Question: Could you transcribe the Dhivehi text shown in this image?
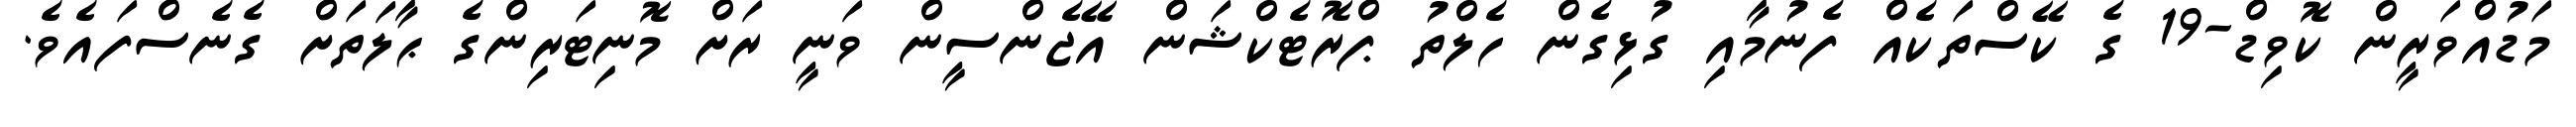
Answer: މަޑުއްވަރީން ކޮވިޑް-19 ގެ ކޭސްތަކެއް ފެނުމާއި ގުޅިގެން ހެލްތު ޕްރޮޓެކްޝަން އޭޖެންސީން ވަނީ ރަށް މޮނިޓަރިންގެ ޙާލަތަށް ގެނެސްފައެވެ.